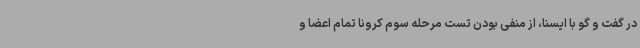
در گفت و گو با ایسنا، از منفی بودن تست مرحله سوم کرونا تمام اعضا و